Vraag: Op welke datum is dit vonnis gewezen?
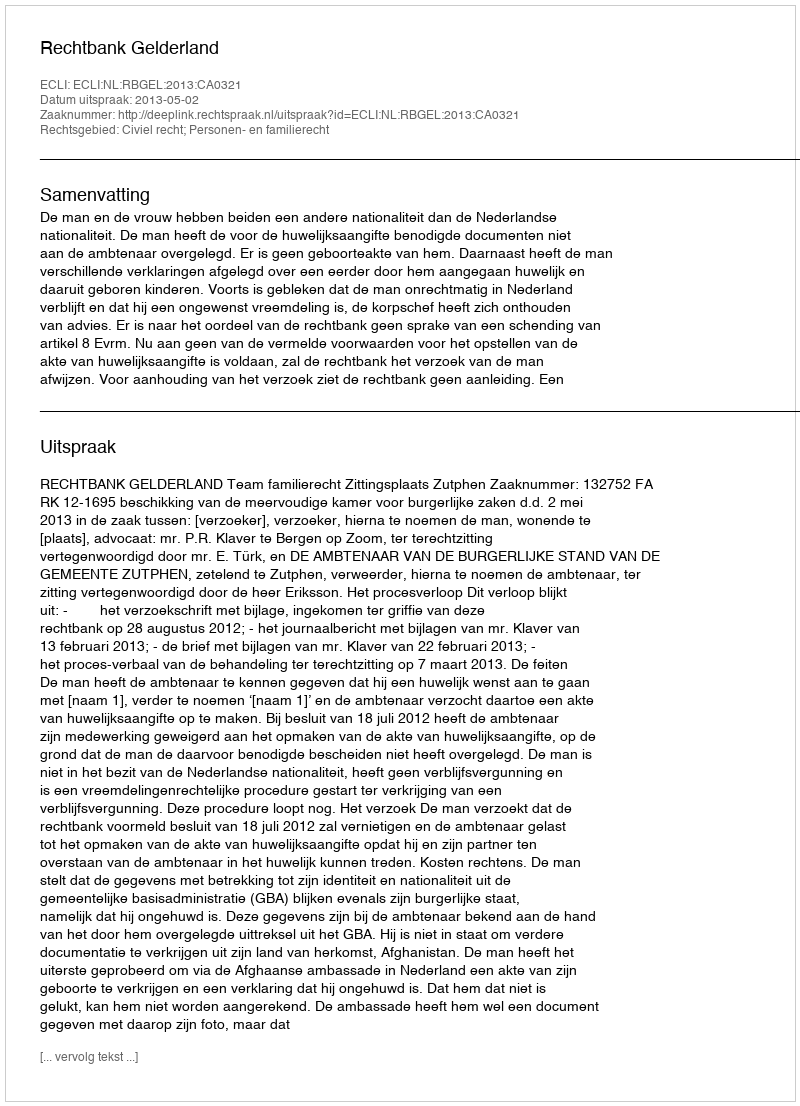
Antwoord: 2013-05-02